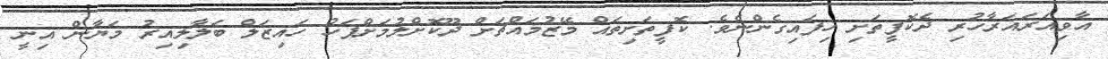
އާވިއަރަައަރާާހުރި ދެކޮފީތަށި ހިފައިގެންނެވެ. ކޮފީތަށިތައް މޭޒުމައްޗަށް ދޫކޮށްލުމަށްފަހު ހައިޒަލް ބަލާލިއިރު މަޔާން އިނީ